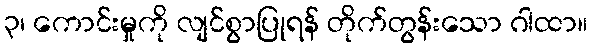
၃၊ ကောင်းမှုကို လျင်စွာပြုရန် တိုက်တွန်းသော ဂါထာ။